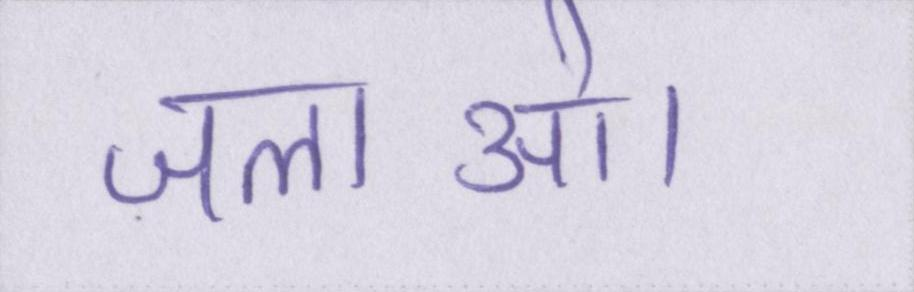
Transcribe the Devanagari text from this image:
जलाओ।